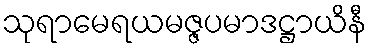
သုရာမေရယမဇ္ဇပမာဒဋ္ဌာယိနီ